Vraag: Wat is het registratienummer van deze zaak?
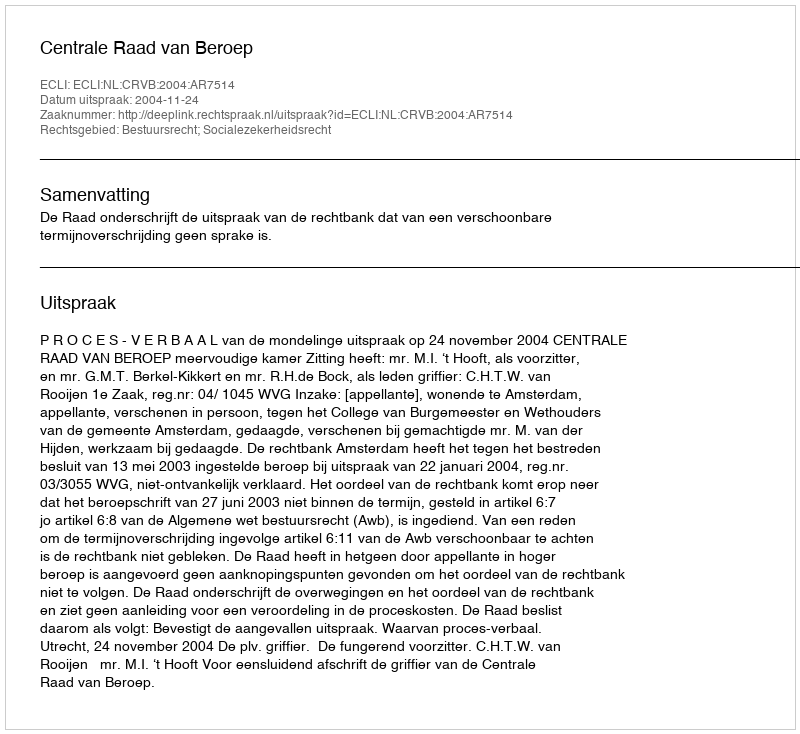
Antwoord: http://deeplink.rechtspraak.nl/uitspraak?id=ECLI:NL:CRVB:2004:AR7514